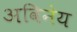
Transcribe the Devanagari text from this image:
अविनेय